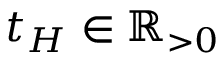
t _ { H } \in \mathbb { R } _ { > 0 }